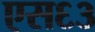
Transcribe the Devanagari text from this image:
एस६३